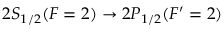
2 S _ { 1 / 2 } ( F = 2 ) \rightarrow 2 P _ { 1 / 2 } ( F ^ { \prime } = 2 )